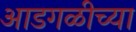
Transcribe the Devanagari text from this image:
आडगळीच्या